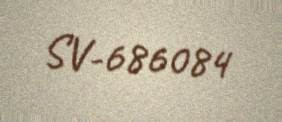
SV-686084